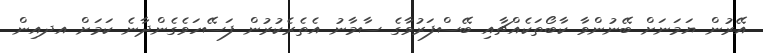
އޭރުން ޔަމަނަށް ބޭނުންވާ ކާބޯތަކެއްޗާއި ބޭސްފަރުވާގެ ސާމާނު އެތެރެކުރުން ފަސޭހަވެގެންދާނެ ކަމަށް އދއިން